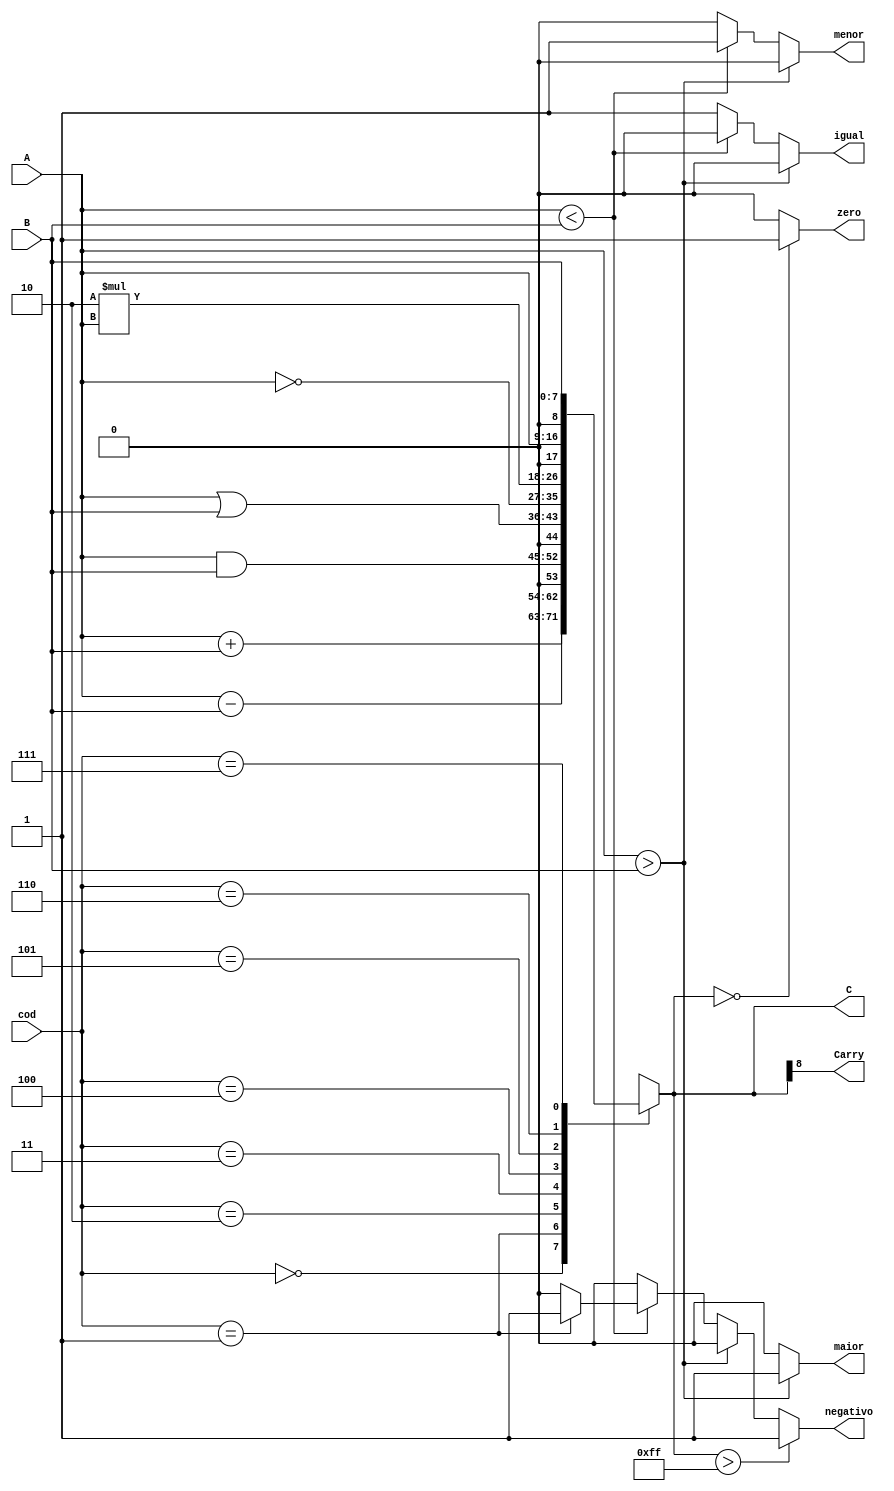
module ULA(output reg [8:0] C, output reg zero, negativo, Carry, maior, menor, igual, input [7:0] A, B, input [2:0] cod);
	always @ (*) begin
		case (cod) 
			3'b000: C = A+B;
			3'b001: C = A-B;
			3'b010: C = A&B;
			3'b011: C = A|B;
			3'b100: C = ~A;
			3'b101: C = 2*A;
			3'b110: C = A;
			3'b111: C = B;
		endcase
	end
	
	always @(*) begin
		zero=0;
		negativo=0;
		Carry=0;
		maior=0;
		menor=0;
		igual=0;
		if(A>B)
			maior=1;
		else begin
			if(A<B)begin
				menor=1;
				if(cod==1)
					negativo=1;
			end
			else
				igual=1;
		end
		if(C==0)
			zero=1;
		Carry=C[8];
		if (C>255)
			negativo=1;
	end
			
 endmodule